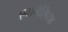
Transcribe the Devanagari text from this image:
एमनेशिया